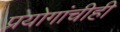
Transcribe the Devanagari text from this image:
प्रयोगांचीही